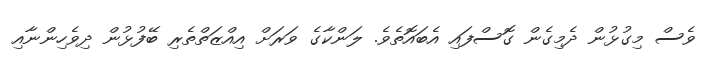
ވެސް މިގުޅުން ދެމިގެން ގޮސްފައި އެބައޮތެވެ. ލަންކާގެ ވަރަށް އިއްޒަތްތެރި ބޭފުޅުން ދިވެހިންނާއި